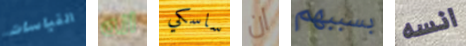
القياسات انه ساسكي ان بسببهم انسه